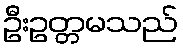
ဦးဥတ္တမသည်